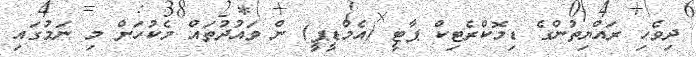
ދިވެހި ރައްޔިތުންގެ ޑިމޮކްރެޓިކް ޕާޓީ (އެމްޑީޕީ) ން ވައުދުތައް މެކުހަށް މި ނަމުގައި